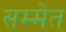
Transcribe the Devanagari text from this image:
सम्मेत